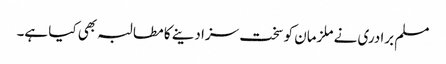
مسلم برادری نے ملزمان کو سخت سزا دینے کا مطالبہ بھی کیا ہے۔